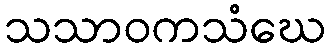
သသာဝကသံဃေ